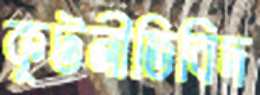
কূটনীতিবিদ